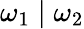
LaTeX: \omega_{1}\mid\omega_{2}